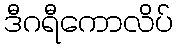
ဒီဂရီကောလိပ်